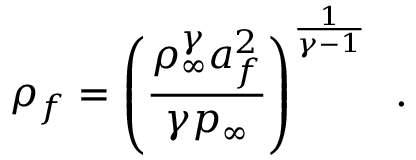
\rho _ { f } = \left( \frac { \rho _ { \infty } ^ { \gamma } a _ { f } ^ { 2 } } { \gamma p _ { \infty } } \right) ^ { \frac { 1 } { \gamma - 1 } } \, \mathrm { ~ . ~ }